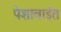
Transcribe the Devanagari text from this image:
पेशावाईत